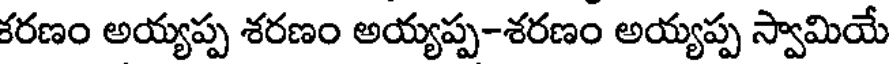
కరణం అయ్యప్ప శరణం అయ్యప్ప-శరణం అయ్యప్ప స్వామియే